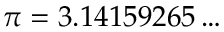
\pi = 3 . 1 4 1 5 9 2 6 5 \ldots